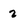
Character: 2